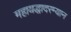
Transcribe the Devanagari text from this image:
महायद्धादरम्यान